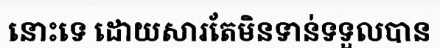
នោះទេ ដោយសារតែមិនទាន់ទទួលបាន